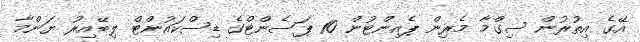
އޭގެ އިތުރުން ސިގްމާ މެރިން ޕެއިންޓުން 10 ޕަސެންޓްގެ ޑިސްކައުންޓް ލިބޭއިރު ޔަންމާ